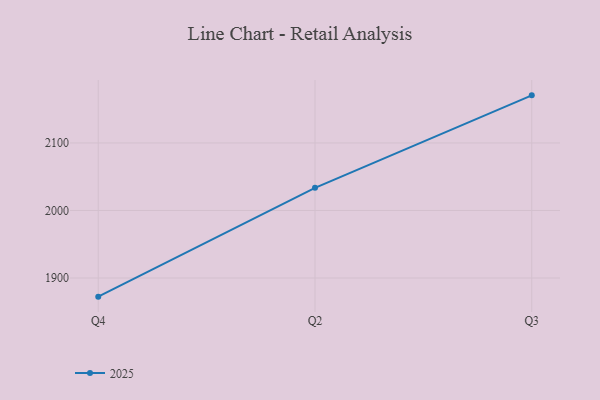
{"axis": {"x": "Quarter", "y": "Budget (USD K)"}, "legend": ["2025"], "data": [{"x": "Q4", "y": 1872.4, "type": "2025"}, {"x": "Q2", "y": 2033.6, "type": "2025"}, {"x": "Q3", "y": 2170.5, "type": "2025"}]}